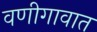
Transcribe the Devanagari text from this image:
वणीगावात